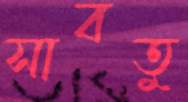
সাবতু